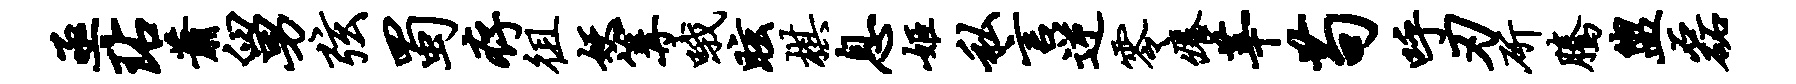
亟玷萧舅弦蜀存徂妖篝哦眩棋息姬私言逆零痒莘苟呼刃斫腾盥磊